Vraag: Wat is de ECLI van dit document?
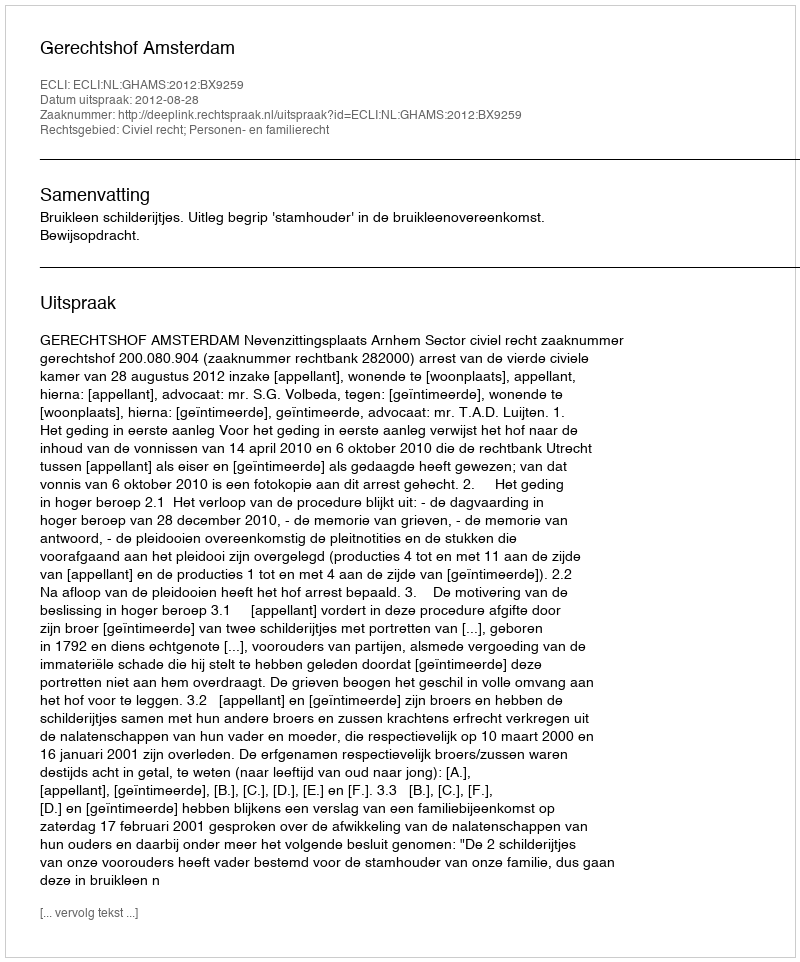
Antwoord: ECLI:NL:GHAMS:2012:BX9259